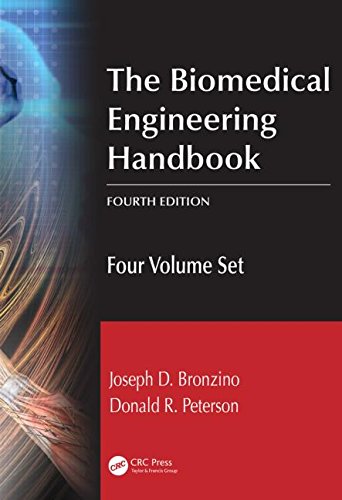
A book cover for The Biomedical Engineering Handbook, Fourth Edition: Four Volume Set; Joseph D. Bronzino; Medical Books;